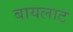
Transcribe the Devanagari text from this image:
बायलाट